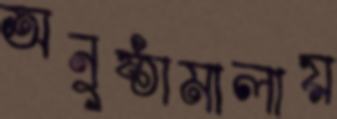
অনুষ্ঠামালায়